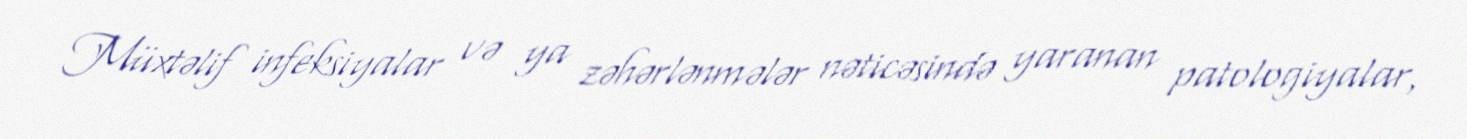
Müxtəlif infeksiyalar və ya zəhərlənmələr nəticəsində yaranan patologiyalar,